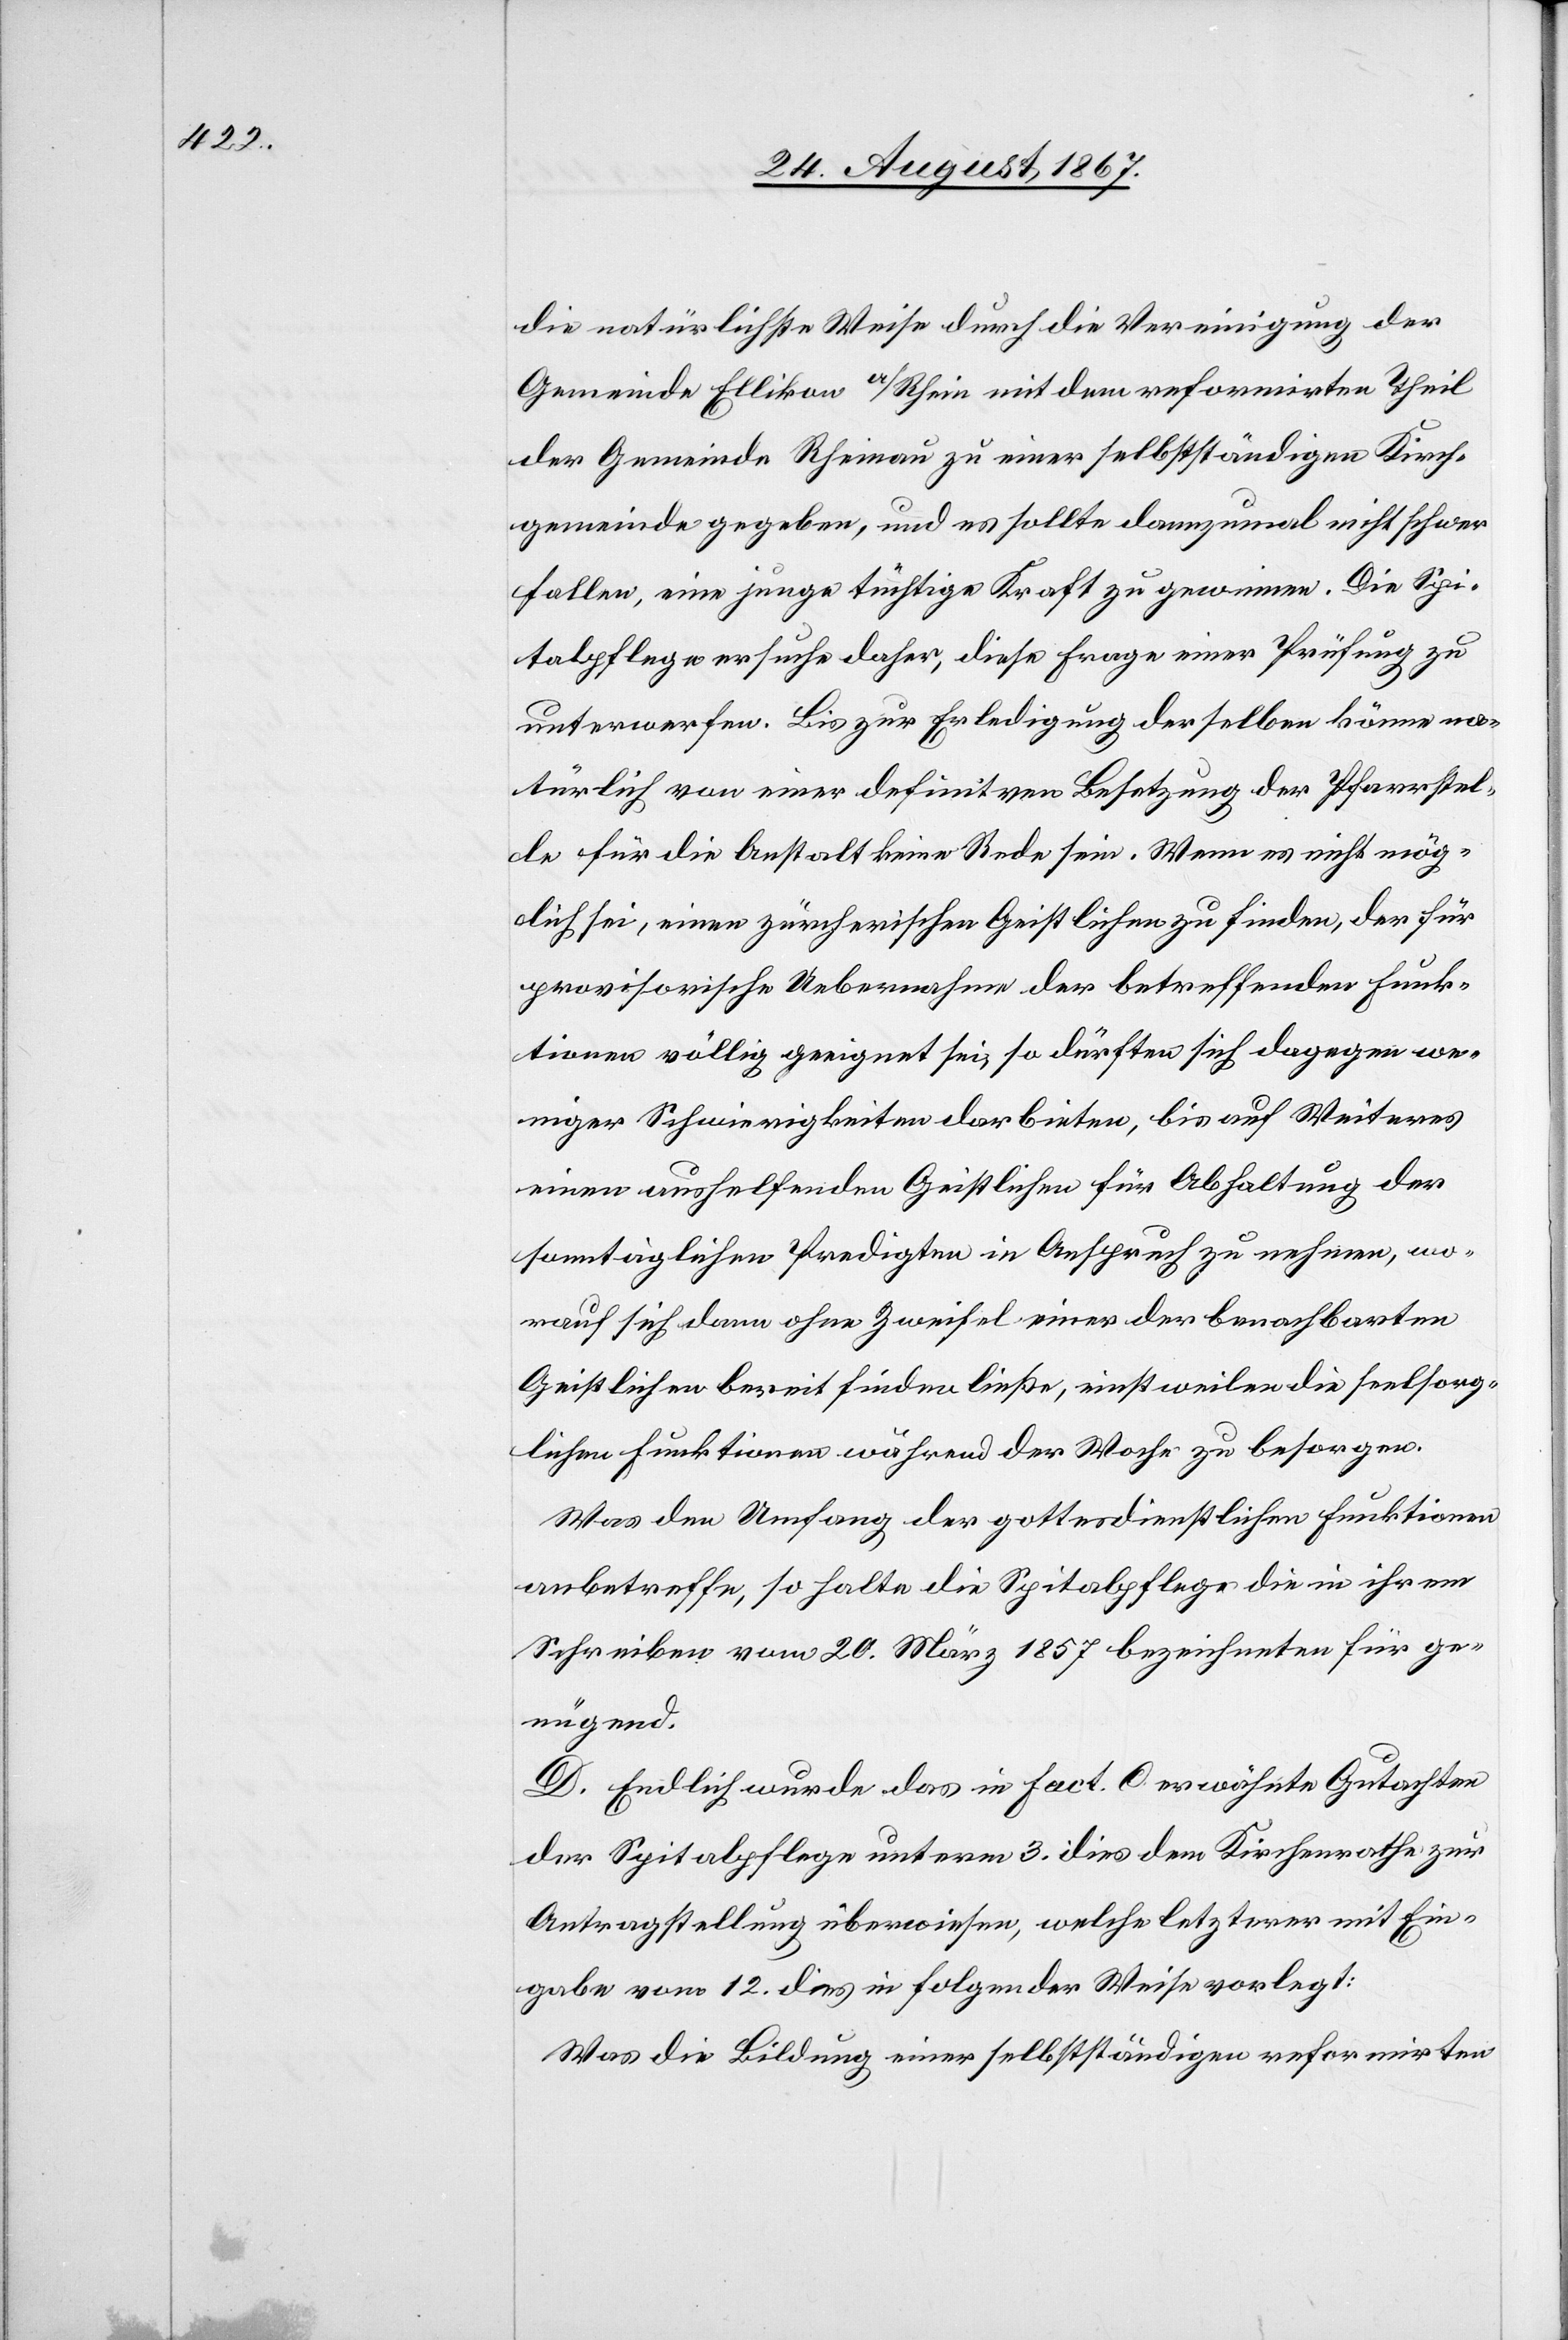
die natürlichste Weise durch die Vereinigung der
Gemeinde Ellikon a/Rhein mit dem reformirten Theil
der Gemeinde Rheinau zu einer selbstständigen Kirch¬
gemeinde gegeben, und es sollte dannzumal nicht schwer
fallen, eine junge tüchtige Kraft zu gewinnen. Die Spi¬
talpflege ersuche daher, diese Frage einer Prüfung zu
unterwerfen. Bis zur Erledigung derselben könne na¬
türlich von einer definitiven Besetzung der Pfarrstel¬
le für die Anstalt keine Rede sein. Wenn es nicht mög¬
lich sei, einen zürcherischen Geistlichen zu finden, der für
provisorische Uebernahme der betreffenden Funk¬
tionen völlig geeignet sei, so dürften sich dagegen we¬
niger Schwierigkeiten darbieten, bis auf Weiteres
einen aushelfenden Geistlichen für Abhaltung der
sonntäglichen Predigten in Anspruch zu nehmen, wo¬
rauf sich dann ohne Zweifel einer der benachbarten
Geistlichen bereit finden ließe, einstweilen die seelsorg¬
lichen Funktionen während der Woche zu besorgen.
Was den Umfang der gottesdienstlichen Funktionen
anbetreffe, so halte die Spitalpflege die in ihrem
Schreiben vom 20. März 1857 bezeichneten für ge¬
nügend.
D. Endlich wurde das in Fact. C erwähnte Gutachten
der Spitalpflege unterm 3. dies dem Kirchenrathe zur
Antragstellung überwiesen, welche letzterer mit Ein¬
gabe vom 12. dies in folgender Weise vorlegt:
Was die Bildung einer selbstständigen reformirten